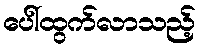
ပေါ်ထွက်လာသည့်